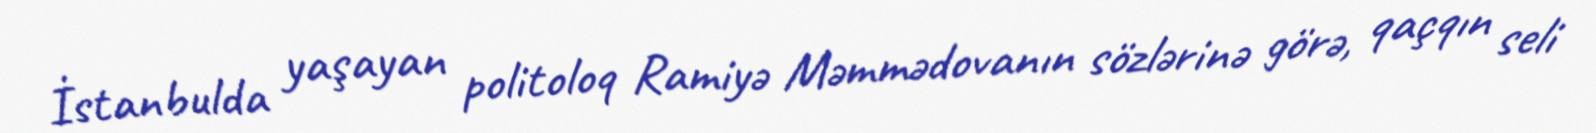
İstanbulda yaşayan politoloq Ramiyə Məmmədovanın sözlərinə görə, qaçqın seli